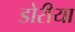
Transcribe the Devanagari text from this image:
डोरीया